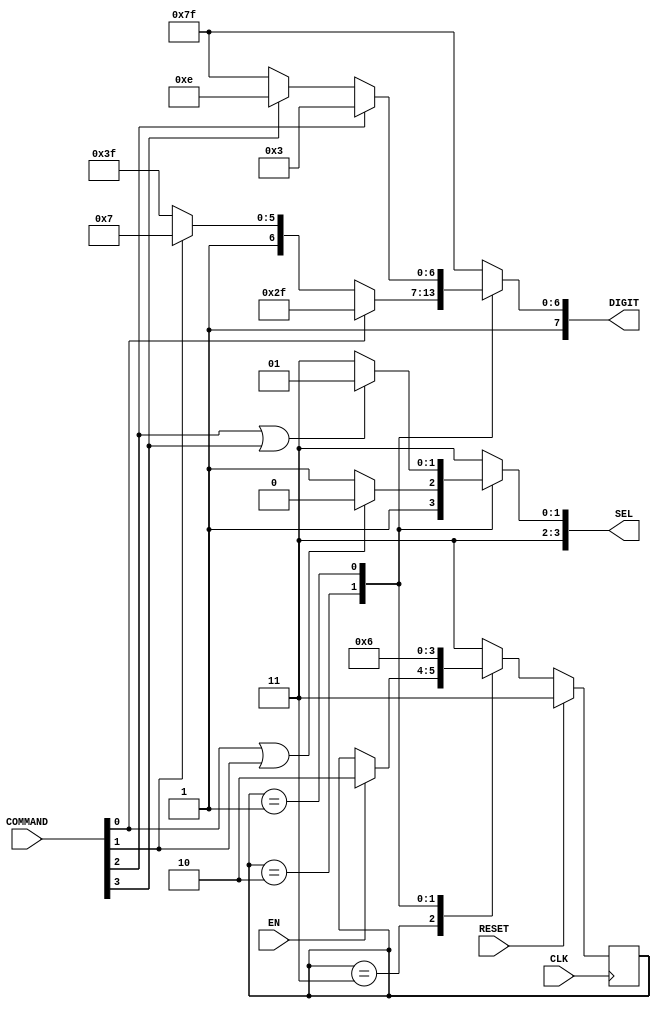
`timescale 1ns / 1ps
//////////////////////////////////////////////////////////////////////////////////
// Company: 
// Engineer: 
// 
// Design Name: 
// Module Name: seven_seg
// Project Name: 
// Target Devices: 
// Tool Versions: 
// Description: 
// 
// Dependencies: 
// 
// Revision:
// Revision 0.01 - File Created
// Additional Comments:
// 
//////////////////////////////////////////////////////////////////////////////////


module SEVEN_SEG
(
  input CLK,
  input EN,
  input RESET,
  input [3:0] COMMAND,
  output reg [3:0] SEL,
  output reg [7:0] DIGIT
);

reg [1:0] next_state;
reg [1:0] curr_state;

//Selection bits
localparam IDLE   = 2'b11;
localparam LR     = 2'b10;
localparam FB     = 2'b01;

// Seven-segment display
localparam L   = 8'hC7;
localparam R   = 8'hAF;
localparam B   = 8'h83;
localparam F   = 8'h8E;
localparam NIL = 8'hFF;

// *****************************
// State registers
// *****************************
always @(posedge CLK)begin
    if(RESET == 1'b1) curr_state <= IDLE;
    else  curr_state <= next_state;
end
// *****************************

// *****************************
//State transition logic
// *****************************
always@(*) 
    case(curr_state)
            IDLE:   if (EN == 1'b1) next_state = LR; 
                    else next_state = curr_state;
            LR:     next_state = FB; 
            FB:     next_state = LR;
            default: next_state = IDLE;
    endcase
// *****************************


// *****************************
//Output logic
// *****************************
always @(*)
    case(curr_state)
            IDLE:   SEL = {IDLE,IDLE}; 
            LR:     if(COMMAND[0] || COMMAND[1]) SEL = {IDLE,LR}; 
                    else SEL = {IDLE,IDLE}; 
            FB:     if(COMMAND[2] || COMMAND[3]) SEL = {IDLE,FB};  
                    else SEL = {IDLE,IDLE};  
            default: SEL = {IDLE,IDLE}; 
    endcase
    
always @(*)
    case(curr_state)
            IDLE:   DIGIT = NIL; 
            LR:     if(COMMAND[0] == 1'b1) DIGIT = R;
                    else if(COMMAND[1] == 1'b1 ) DIGIT = L;
                    else DIGIT = NIL;
            FB:     if(COMMAND[2] == 1'b1) DIGIT = B;
                    else if(COMMAND[3] == 1'b1 ) DIGIT = F;
                    else DIGIT = NIL;
            default: DIGIT = NIL;
    endcase    
// *****************************

endmodule